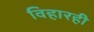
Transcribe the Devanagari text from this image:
विहारही